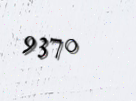
9370